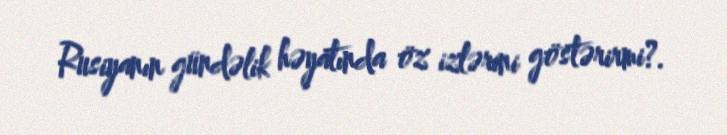
Rusiyanın gündəlik həyatında öz izlərini göstərirmi?.